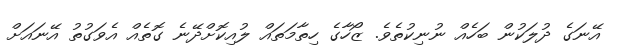
އޭނަގެ ދުލަކުން ބަހެއް ނުނިކުތެވެ. ޒޯހާގެ ހިތާމަތައް ލުއިކޮށްދޭނެ ގޮތެއް އެވަގުތު އޭނައަށް